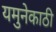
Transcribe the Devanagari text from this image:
यमुनेकाठी